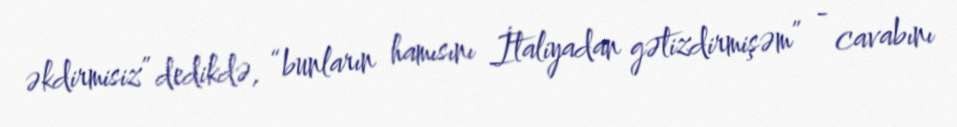
əkdirmisiz” dedikdə, “bunların hamısını İtaliyadan gətizdirmişəm” - cavabını